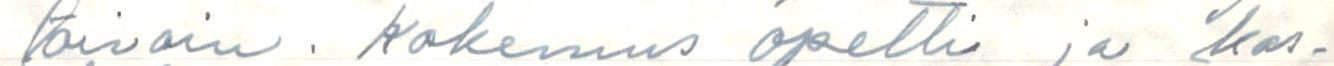
toivoin. Kokemus opetti ja kos-